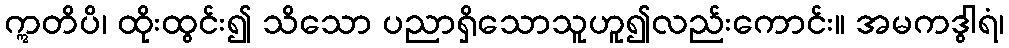
ဣတိပိ၊ ထိုးထွင်း၍ သိသော ပညာရှိသောသူဟူ၍လည်းကောင်း။ အမကဒွါရံ၊